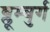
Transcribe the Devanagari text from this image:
ब्लूम्बुर्ग